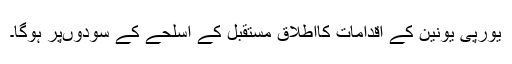
یورپی یونین کے اقدامات کااطلاق مستقبل کے اسلحے کے سودوںپر ہوگا۔